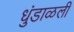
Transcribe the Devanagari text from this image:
धुंडाळली